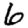
Digit: 6